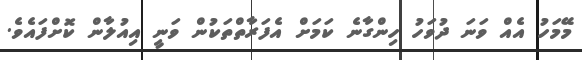
މޭމަހު އެއް ވަނަ ދުވަހު ހިންގާނެ ކަމަށް އެފަރާތްތަކުން ވަނީ އިއުލާން ކޮށްފައެވެ.